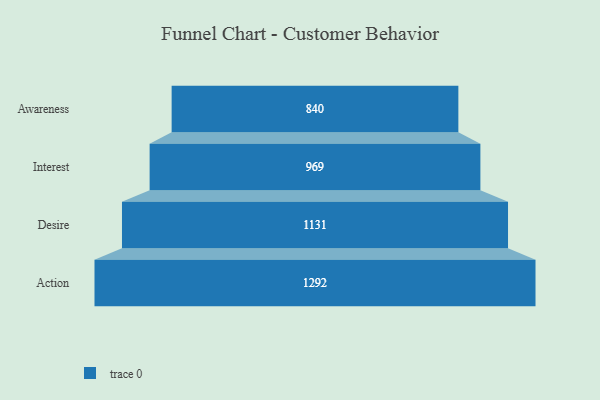
{"axis": {"x": "Stage", "y": "Value"}, "legend": [""], "data": [{"x": "Awareness", "y": 840.0, "type": ""}, {"x": "Interest", "y": 969.0, "type": ""}, {"x": "Desire", "y": 1131.0, "type": ""}, {"x": "Action", "y": 1292.0, "type": ""}]}